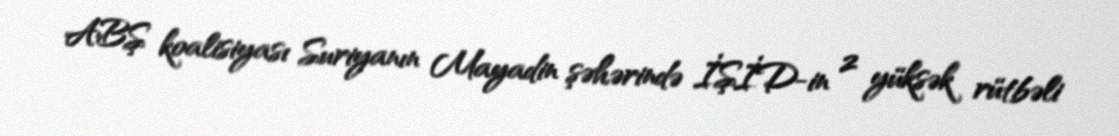
ABŞ koalisiyası Suriyanın Mayadin şəhərində İŞİD-in 2 yüksək rütbəli